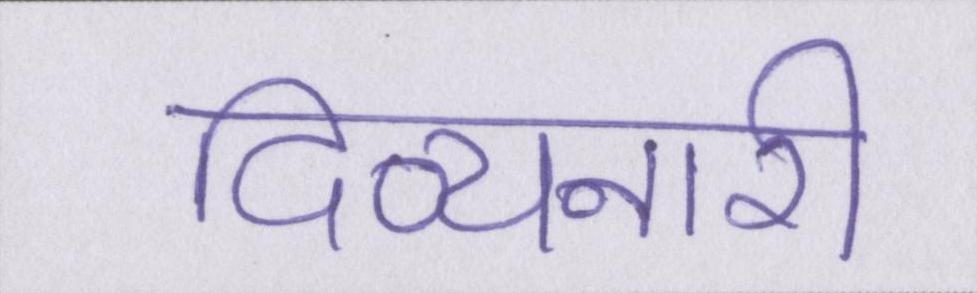
दिव्यनारी